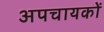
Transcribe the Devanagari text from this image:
अपचायकों